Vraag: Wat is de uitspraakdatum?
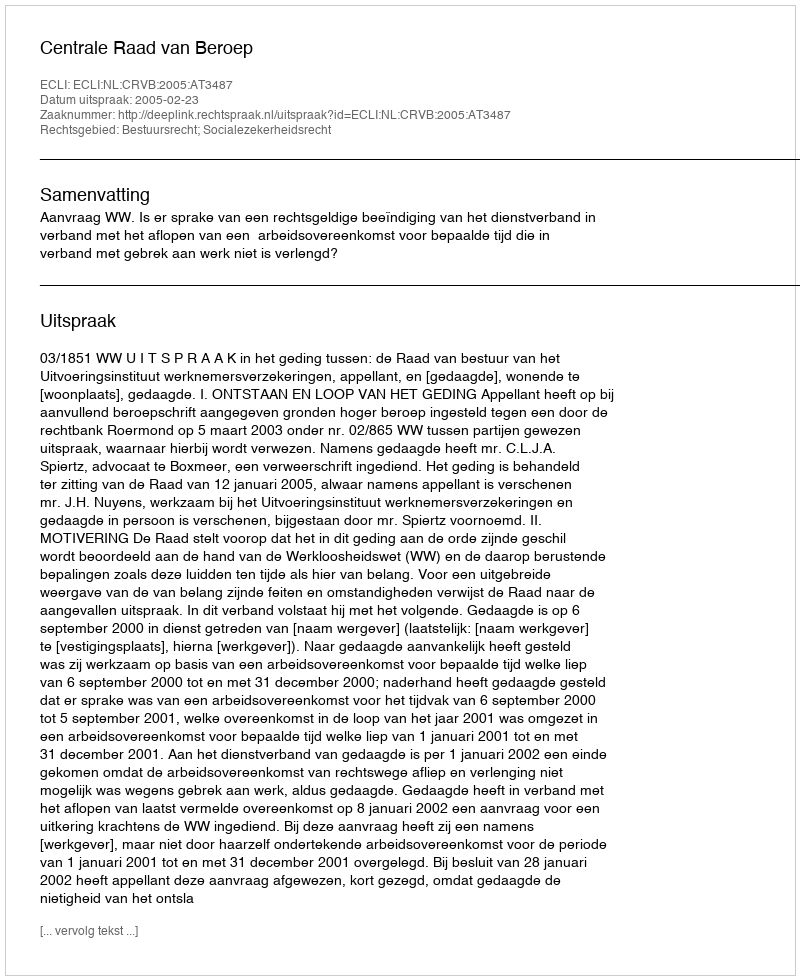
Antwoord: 2005-02-23